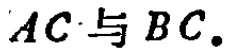
\(AC\)与\(BC\)。